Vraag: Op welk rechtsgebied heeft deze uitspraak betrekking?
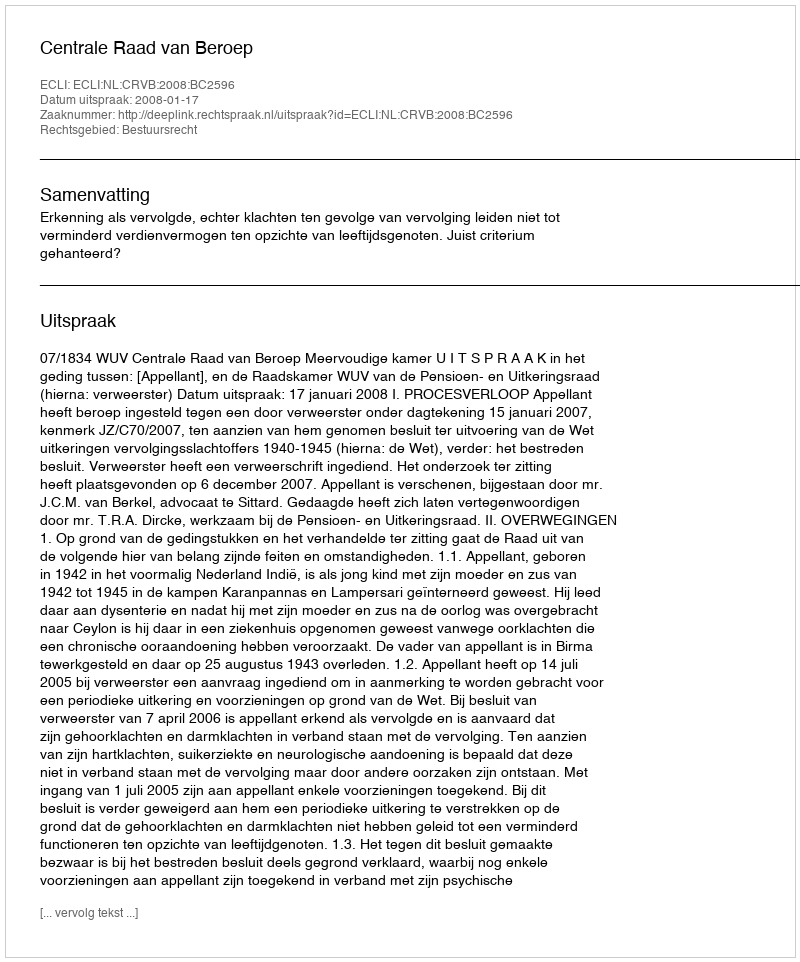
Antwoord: Bestuursrecht